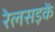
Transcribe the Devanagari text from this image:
रेलसड़कें